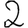
Digit: 2